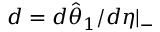
d = d \hat { \theta } _ { 1 } / d \eta | _ { - }